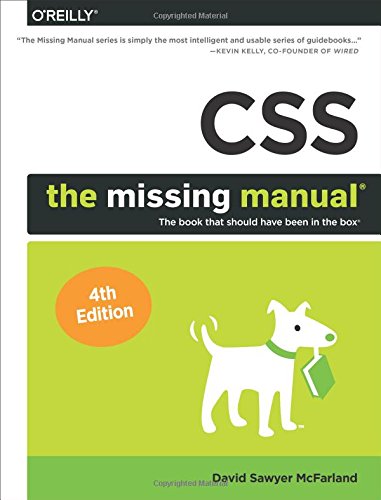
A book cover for CSS: The Missing Manual; David Sawyer McFarland; Computers & Technology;